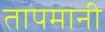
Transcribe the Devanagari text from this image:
तापमानी